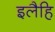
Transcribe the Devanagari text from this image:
इलैहि